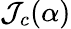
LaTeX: \mathcal{J}_{c}(\alpha)